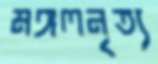
মঙ্গলনৃত্য